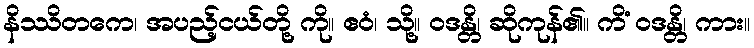
နိဿိတကေ၊ အပည့်ငယ်တို့ ကို။ ဧဝံ၊ သို့။ ဝဒန္တိ၊ ဆိုကုန်၏။ ကိံ ဝဒန္တိ၊ ကား။